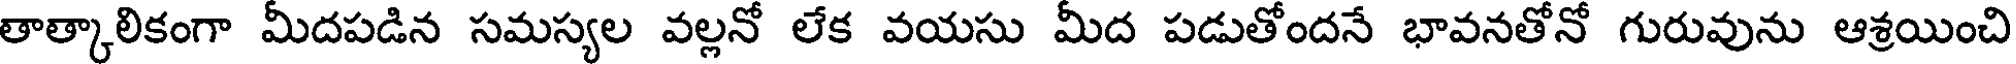
తాత్కాలికంగా మీదపడిన సమస్యల వల్లనో లేక వయసు మీద పడుతోందనే భావనతోనో గురువును ఆశ్రయించి